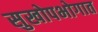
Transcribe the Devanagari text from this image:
सुखोपभोगात